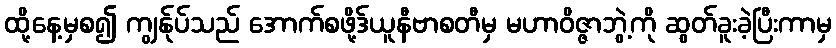
ထို့နေ့မှစ၍ ကျွန်ုပ်သည် အောက်စဖို့ဒ်ယူနီဗာစတီမှ မဟာဝိဇ္ဇာဘွဲ့ကို ဆွတ်ခူးခဲ့ပြီးကာမှ